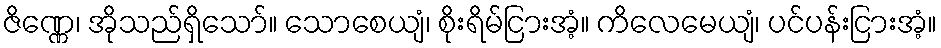
ဇိဏ္ဏေ၊ အိုသည်ရှိသော်။ သောစေယျံ၊ စိုးရိမ်ငြားအံ့။ ကိလေမေယျံ၊ ပင်ပန်းငြားအံ့။